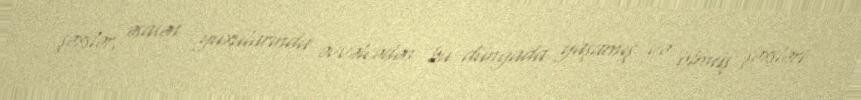
şəxslər, əsasən yuxularında əvvəlcədən bu dünyada yaşamış və ölmüş şəxsləri